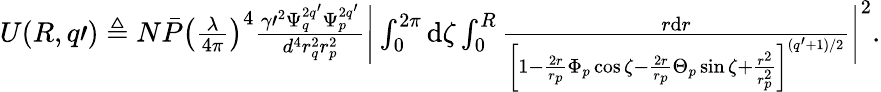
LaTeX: \begin{array}{r}{U(R,q\prime)\triangleq N\bar{P}\left(\frac{\lambda}{4\pi}\right)^{4}\frac{\gamma\prime^{2}\Psi_{q}^{2q^{\prime}}\Psi_{p}^{2q^{\prime}}}{d^{4}r_{q}^{2}r_{p}^{2}}\bigg|\int_{0}^{2\pi}\mathrm{d}\zeta\int_{0}^{R}\frac{r\mathrm{d}r}{\left[1-\frac{2r}{r_{p}}\Phi_{p}\cos\zeta-\frac{2r}{r_{p}}\Theta_{p}\sin\zeta+\frac{r^{2}}{r_{p}^{2}}\right]^{(q^{\prime}+1)/2}}\bigg|^{2}.}\end{array}